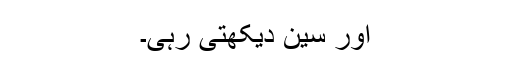
اور سین دیکھتی رہی۔